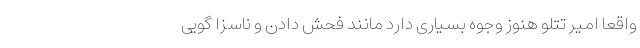
واقعا امیر تتلو هنوز وجوه بسیاری دارد مانند فحش دادن و ناسزا گویی